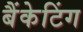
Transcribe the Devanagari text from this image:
बैंकेटिंग